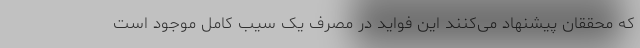
که محققان پیشنهاد می‌کنند این فواید در مصرف یک سیب کامل موجود است